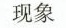
现象